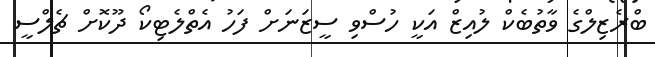
ބްރެޒިލްގެ ވާތުބެކް ލުއިޒް އަކީ ހުސްވި ސީޒަނަށް ފަހު އެތްލެޓިކޯ ދޫކޮށް ޗެލްސީ